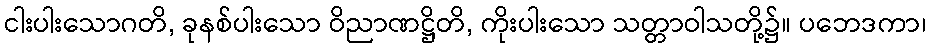
ငါးပါးသောဂတိ, ခုနစ်ပါးသော ဝိညာဏဋ္ဌိတိ, ကိုးပါးသော သတ္တာဝါသတို့၌။ ပဘေဒကာ၊